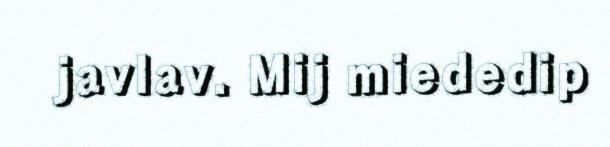
javlav. Mij miededip